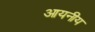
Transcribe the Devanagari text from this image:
आयनीय